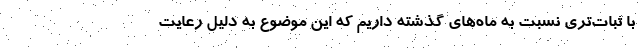
با ثبات‌تری نسبت به ماه‌های گذشته داریم که این موضوع به دلیل رعایت